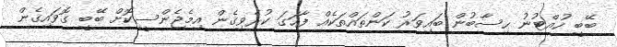
ބޭބީ ހުއްޓުނު ހިސާބުން ބައިވަރު ކަންތައްތަކެއް ފާހަގަ ކުރެވިގެން އިމެޖެންސީކޮށް ބޭބީ ގޮވައިގެން